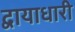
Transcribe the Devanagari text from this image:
द्वायाधारी